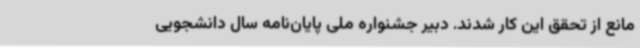
مانع از تحقق این کار شدند. دبیر جشنواره ملی پایان‌نامه سال دانشجویی